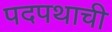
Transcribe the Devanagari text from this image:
पदपथाची